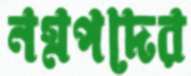
নগ্নপদের